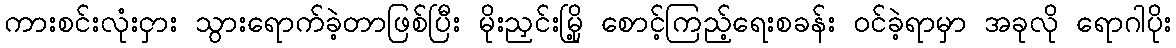
ကားစင်းလုံးငှား သွားရောက်ခဲ့တာဖြစ်ပြီး မိုးညှင်းမြို့ စောင့်ကြည့်ရေးစခန်း ဝင်ခဲ့ရာမှာ အခုလို ရောဂါပိုး